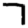
Digit: 7